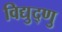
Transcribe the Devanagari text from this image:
विद्युद्णु